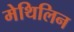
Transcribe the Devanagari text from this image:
मेथिलिन